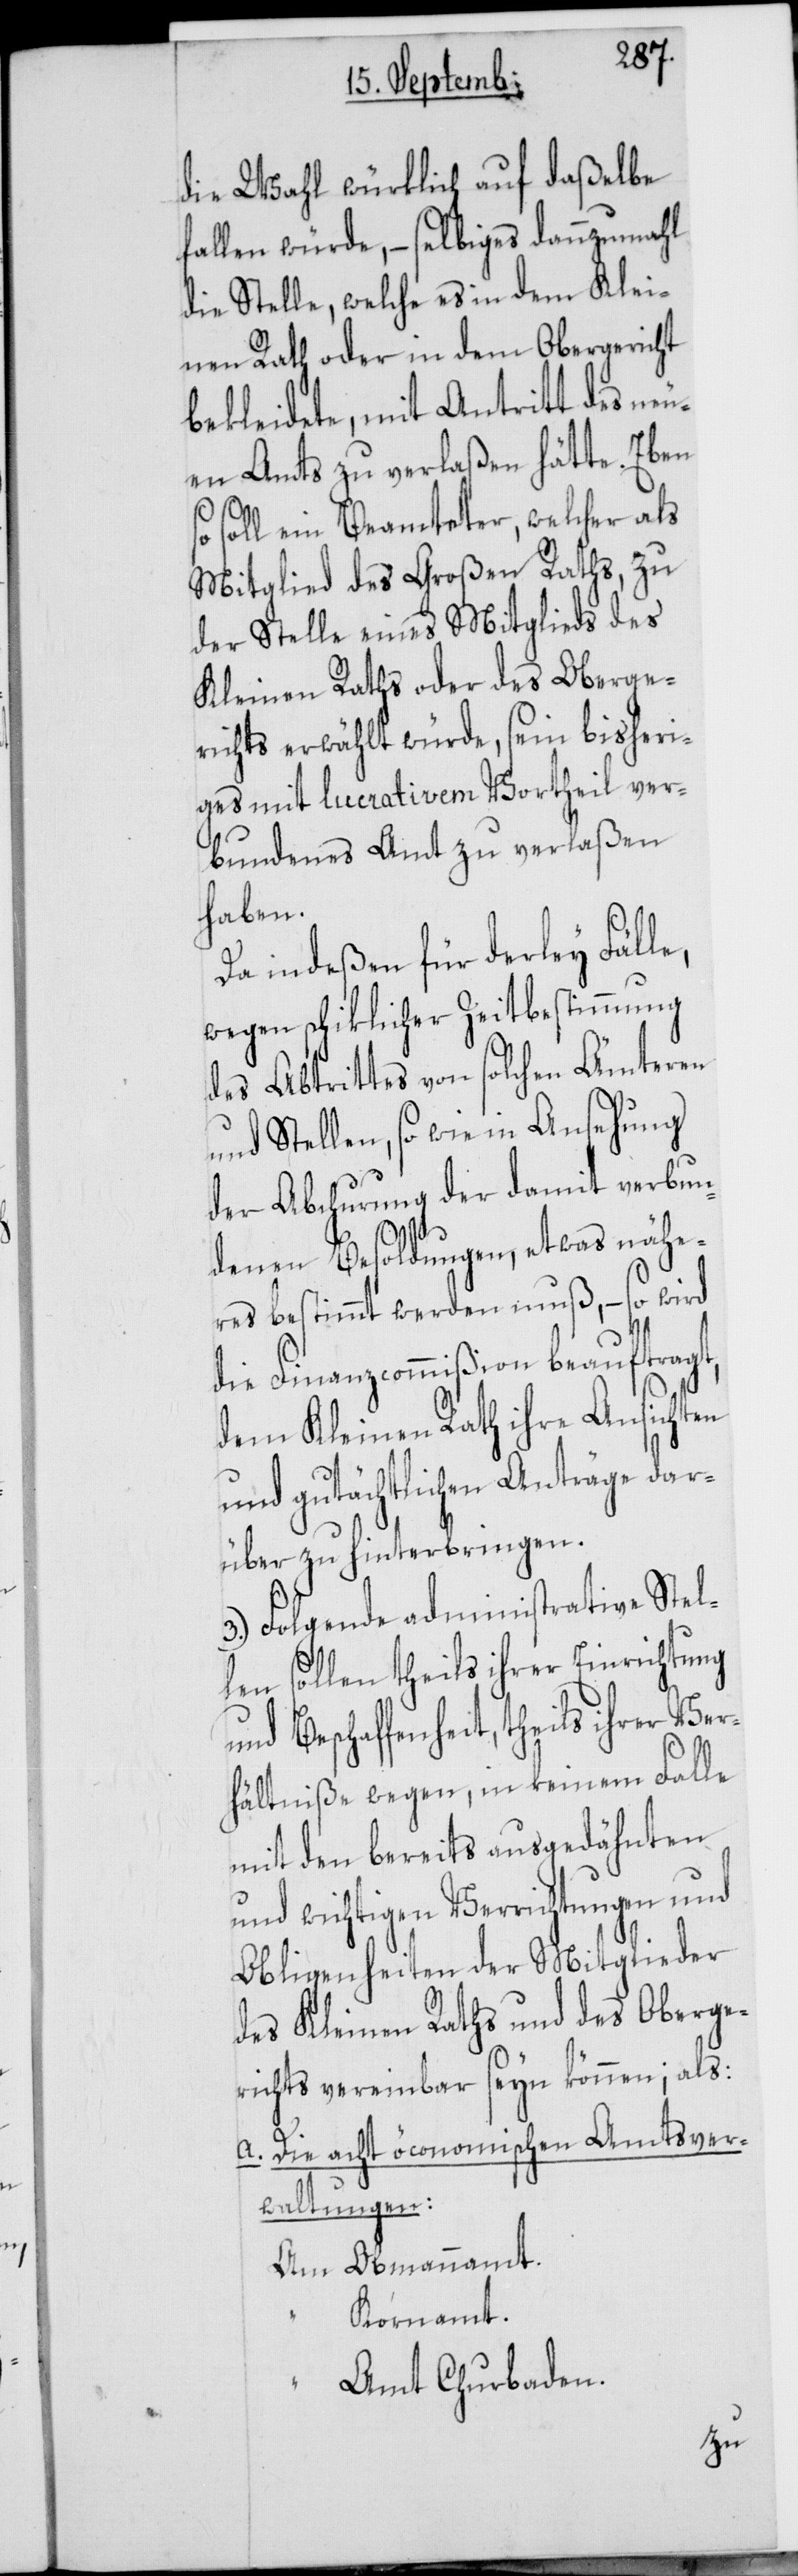
die Wahl würklich auf daßelbe
fallen würde, – selbiges dannzumahl
die Stelle, welche es in dem Klei¬
nen Rath oder in dem Obergericht
bekleidete, mit Antritt des neu¬
en Amts zu verlaßen hätte. Eben
so soll ein Beamteter, welcher als
Mitglied des Großen Raths, zu
der Stelle eines Mitglieds des
Kleinen Raths oder des Oberge¬
richts erwählt würde, sein bisheri¬
ges mit lucrativem Vortheil ver¬
bundenes Amt zu verlaßen
haben.
Da indeßen für derley Fäll¬
wegen schiklicher Zeitbestimmung
des Abtrittes von solchen Ämteren
und Stellen, sowie in Ansehung
der Abchurung der damit verbun¬
denen Besoldungen, etwas nähe¬
res bestimmt werden muß, – so wird
die Finanzcommißion beauftragt,
dem Kleinen Rath ihre Ansichten
und gutächtlichen Anträge dar¬
über zu hinterbringen.
3.) Folgende administrative Stel¬
len sollen theils ihrer Einrichtung
und Beschaffenheit, theils ihrer Ve¬
rhältniße wegen, in keinem Falle
mit den bereits ausgedähnten
und wichtigen Verrichtungen und
Obligenheiten der Mitglieder
des Kleinen Raths und des Oberge¬
richts vereinbar seyn können; als:
a. Die acht öconomischen Amtsver¬
waltungen:
Am Obmannamt.
Kornamt.
Amt Churbaden.

e,